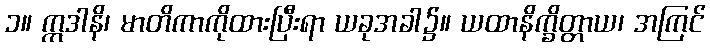
၁။ ဣဒါနိ၊ မာတိကာကိုထားပြီးရာ ယခုအခါ၌။ ယထာနိက္ခိတ္တာယ၊ အကြင်